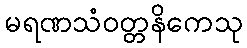
မရဏသံဝတ္တနိကေသု